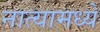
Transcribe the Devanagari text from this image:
नात्यामध्ये